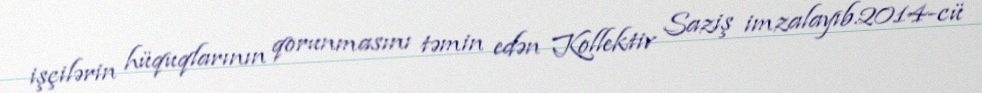
işçilərin hüquqlarının qorunmasını təmin edən Kollektiv Saziş imzalayıb.2014-cü